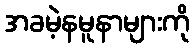
အခမဲ့နမူနာများကို